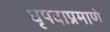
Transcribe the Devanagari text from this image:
धृपदाप्रमाणे